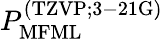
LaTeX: P_{\mathrm{MFML}}^{\mathrm{(TZVP;3-21G)}}